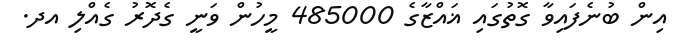
އިން ބުނެފައިވާ ގޮތުގައި ޣައްޒާގެ 485000 މީހުން ވަނީ ގެދޮރު ގެއްލި އދ.